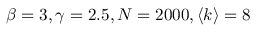
\beta = 3 , \gamma = 2 . 5 , N = 2 0 0 0 , \left< k \right> = 8